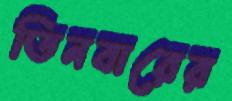
তিনবারের